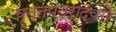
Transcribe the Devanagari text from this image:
वृत्तपत्राद्वारे